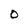
Character: 0